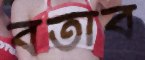
বর্তাব